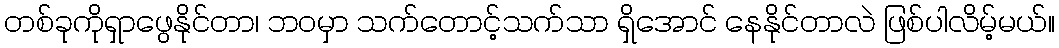
တစ်ခုကိုရှာဖွေနိုင်တာ၊ ဘဝမှာ သက်တောင့်သက်သာ ရှိအောင် နေနိုင်တာလဲ ဖြစ်ပါလိမ့်မယ်။